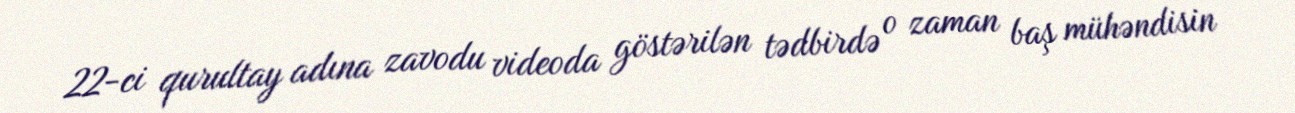
22-ci qurultay adına zavodu videoda göstərilən tədbirdə o zaman baş mühəndisin